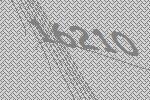
16210